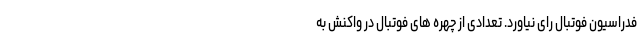
فدراسیون فوتبال رای نیاورد. تعدادی از چهره های فوتبال در واکنش به